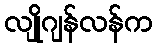
လျိုဂျန်လန်က